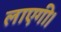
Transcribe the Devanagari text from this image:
लाएगी।